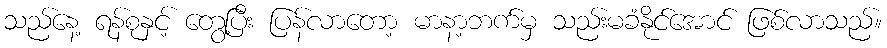
သည်နေ့ ရန်စုနှင့် တွေ့ပြီး ပြန်လာတော့ မာနာ့ဘက်မှ သည်းမခံနိုင်အောင် ဖြစ်လာသည်။